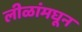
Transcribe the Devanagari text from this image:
लीळांमघून